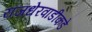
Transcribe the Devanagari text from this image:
राजधेरवाडीकडे